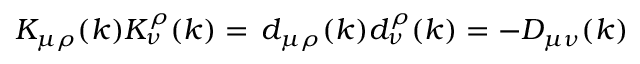
K _ { \mu \rho } ( k ) K _ { \nu } ^ { \rho } ( k ) = \, d _ { \mu \rho } ( k ) d _ { \nu } ^ { \rho } ( k ) = - D _ { \mu \nu } ( k )